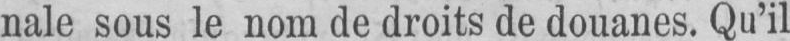
nale sous le nom de droits de douanes. Qu’il